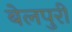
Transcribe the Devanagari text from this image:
बेलपुरी